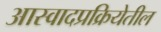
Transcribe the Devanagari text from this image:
आस्वादप्रक्रियेतील